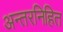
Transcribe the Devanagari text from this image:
अन्तरनिहित